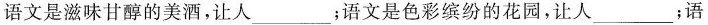
语文是滋味甘醇的美酒，让人___；语文是色彩缤纷的花园，让人___；语